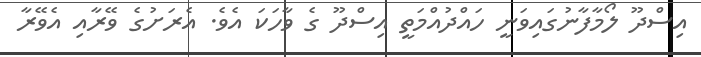
އިސްދޫ ލޯމާފާނުގައިވަނީ ހައްދުއްމަތީ އިސްދޫ ގެ ވާހަކަ އެވެ. އެރަށުގެ ވޭރާއި އެވޭރާ